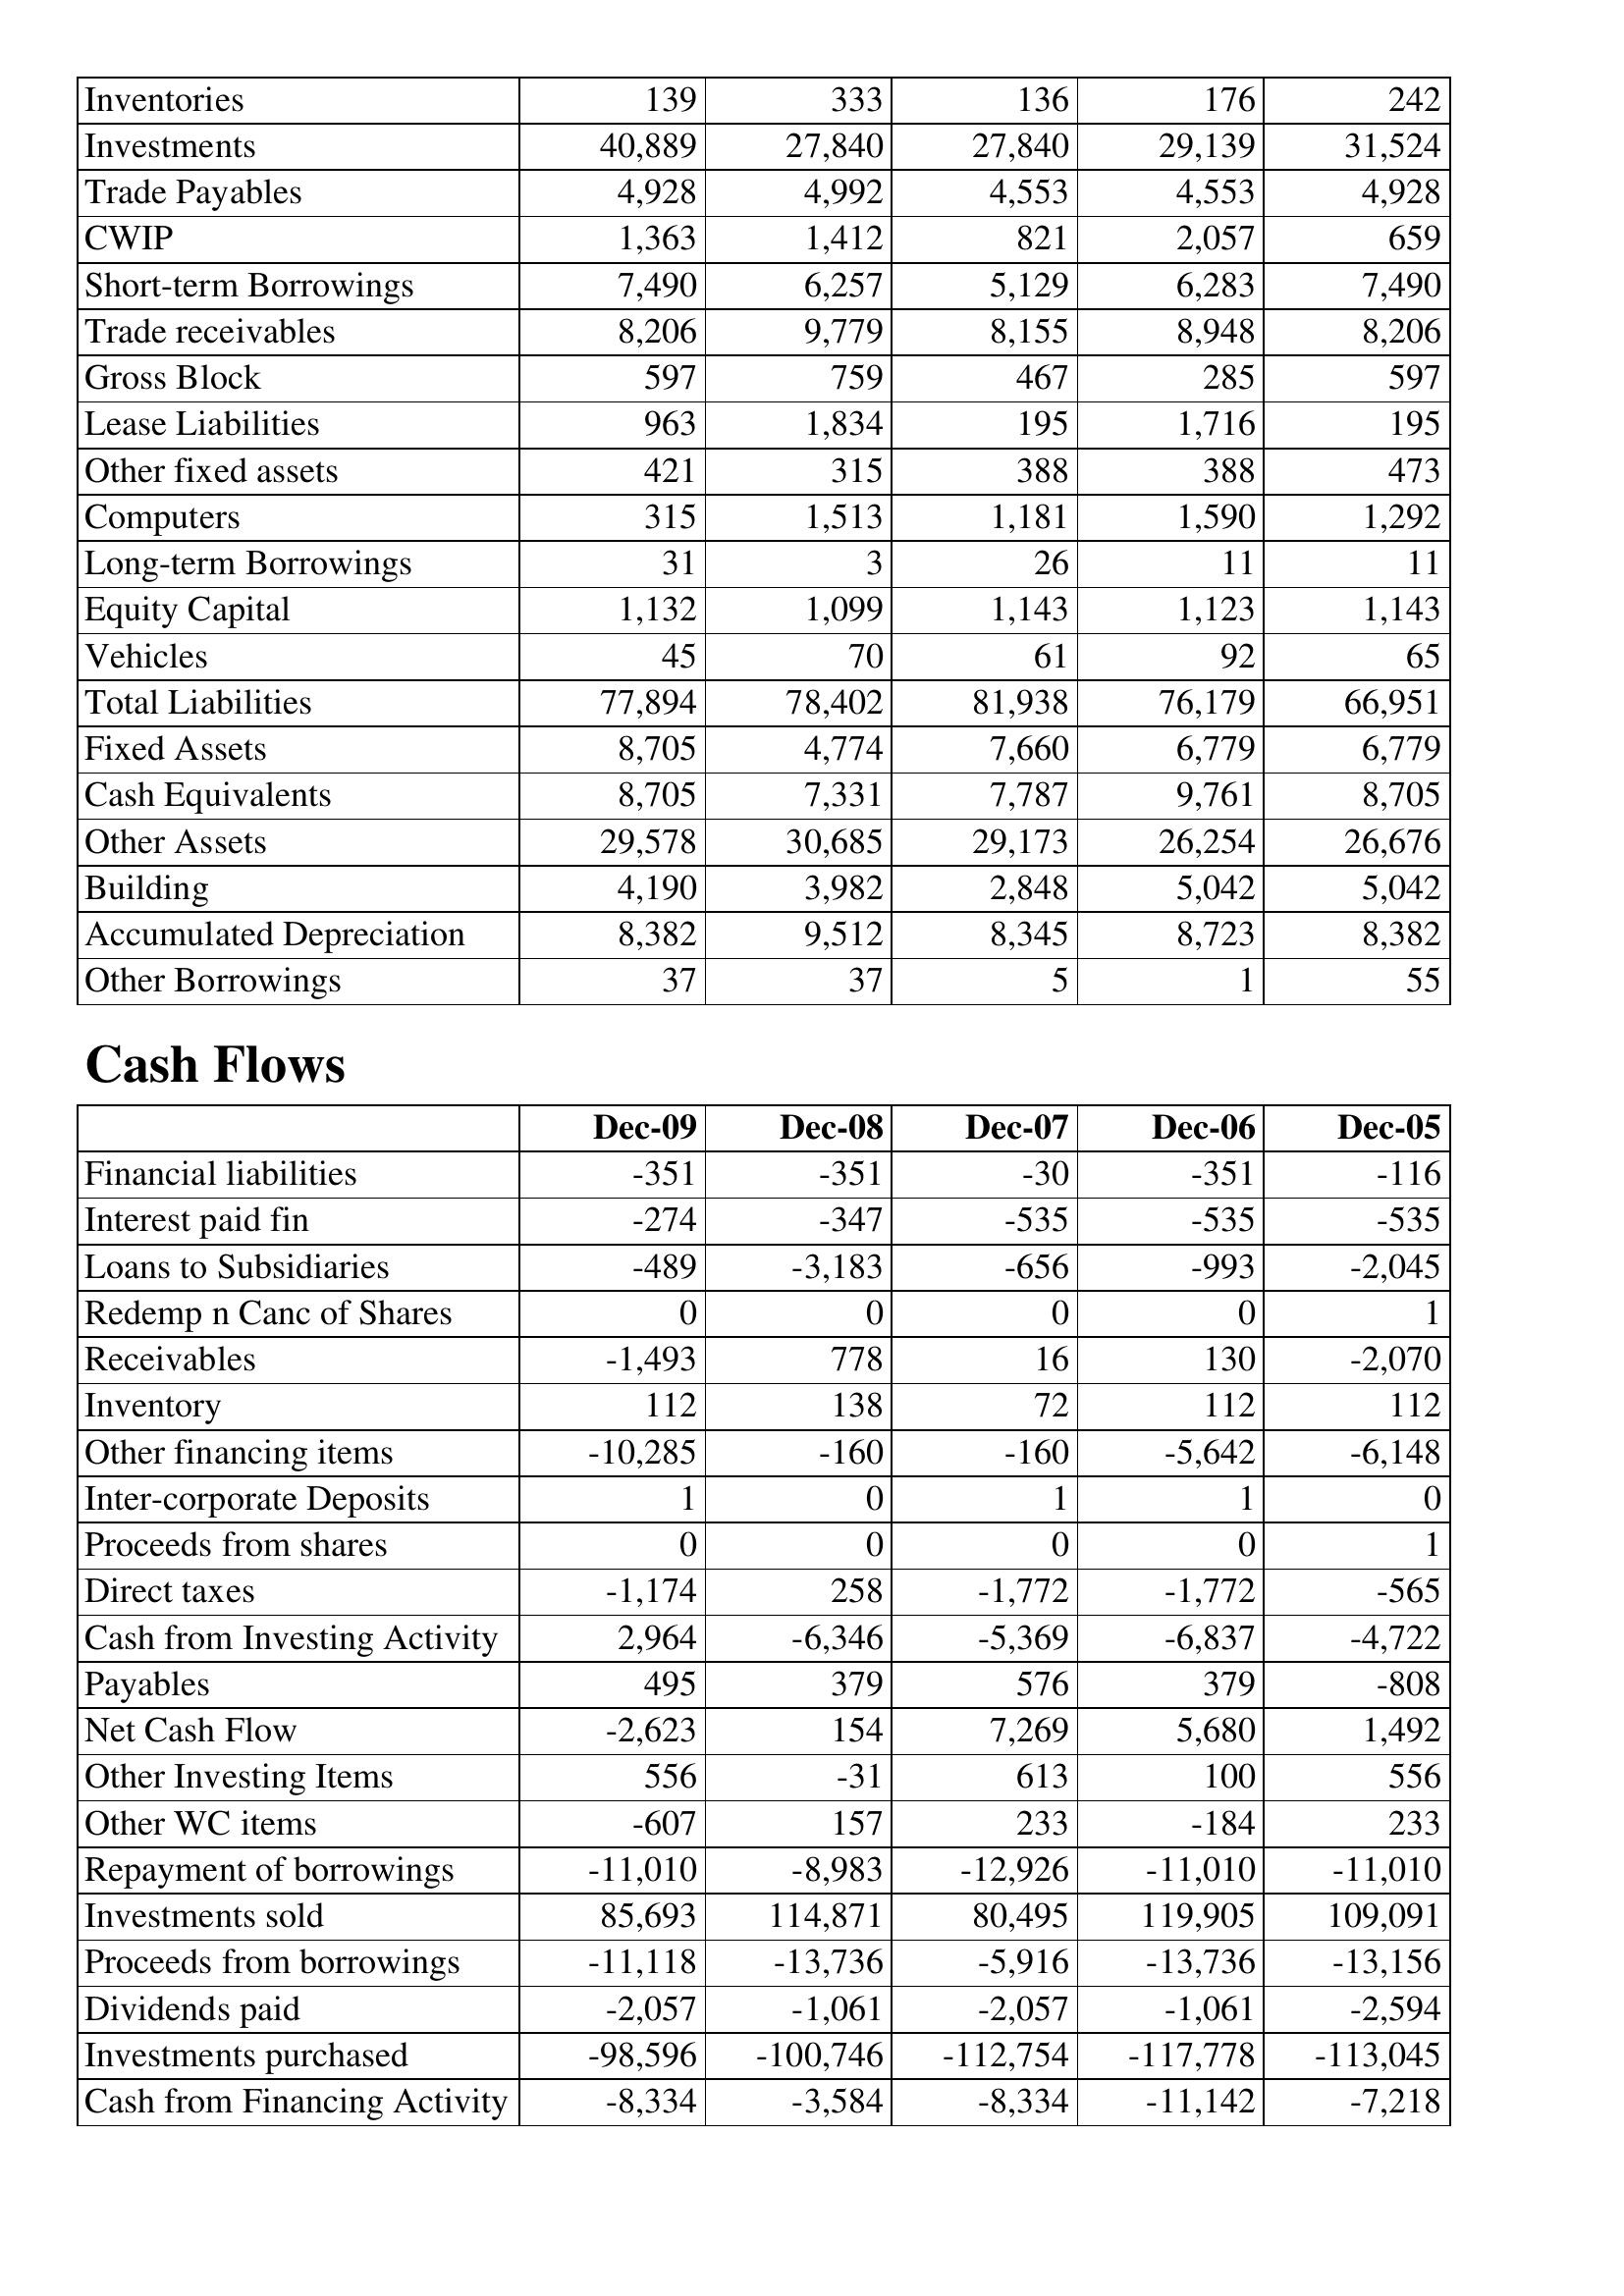
Dec-09: Balance Sheet: Inventories: 139
Investments: 40,889
Trade Payables: 4,928
CWIP: 1,363
Short-term Borrowings: 7,490
Trade receivables: 8,206
Gross Block: 597
Lease Liabilities: 963
Other fixed assets: 421
Computers: 315
Long-term Borrowings: 31
Equity Capital: 1,132
Vehicles: 45
Total Liabilities: 77,894
Fixed Assets: 8,705
Cash Equivalents: 8,705
Other Assets: 29,578
Building: 4,190
Accumulated Depreciation: 8,382
Other Borrowings: 37
Cash Flows: Financial liabilities: -351
Interest paid fin: -274
Loans to Subsidiaries: -489
Redemp n Canc of Shares: 0
Receivables: -1,493
Inventory: 112
Other financing items: -10,285
Inter-corporate Deposits: 1
Proceeds from shares: 0
Direct taxes: -1,174
Cash from Investing Activity: 2,964
Payables: 495
Net Cash Flow: -2,623
Other Investing Items: 556
Other WC items: -607
Repayment of borrowings: -11,010
Investments sold: 85,693
Proceeds from borrowings: -11,118
Dividends paid: -2,057
Investments purchased: -98,596
Cash from Financing Activity: -8,334
Dec-08: Balance Sheet: Inventories: 333
Investments: 27,840
Trade Payables: 4,992
CWIP: 1,412
Short-term Borrowings: 6,257
Trade receivables: 9,779
Gross Block: 759
Lease Liabilities: 1,834
Other fixed assets: 315
Computers: 1,513
Long-term Borrowings: 3
Equity Capital: 1,099
Vehicles: 70
Total Liabilities: 78,402
Fixed Assets: 4,774
Cash Equivalents: 7,331
Other Assets: 30,685
Building: 3,982
Accumulated Depreciation: 9,512
Other Borrowings: 37
Cash Flows: Financial liabilities: -351
Interest paid fin: -347
Loans to Subsidiaries: -3,183
Redemp n Canc of Shares: 0
Receivables: 778
Inventory: 138
Other financing items: -160
Inter-corporate Deposits: 0
Proceeds from shares: 0
Direct taxes: 258
Cash from Investing Activity: -6,346
Payables: 379
Net Cash Flow: 154
Other Investing Items: -31
Other WC items: 157
Repayment of borrowings: -8,983
Investments sold: 114,871
Proceeds from borrowings: -13,736
Dividends paid: -1,061
Investments purchased: -100,746
Cash from Financing Activity: -3,584
Dec-07: Balance Sheet: Inventories: 136
Investments: 27,840
Trade Payables: 4,553
CWIP: 821
Short-term Borrowings: 5,129
Trade receivables: 8,155
Gross Block: 467
Lease Liabilities: 195
Other fixed assets: 388
Computers: 1,181
Long-term Borrowings: 26
Equity Capital: 1,143
Vehicles: 61
Total Liabilities: 81,938
Fixed Assets: 7,660
Cash Equivalents: 7,787
Other Assets: 29,173
Building: 2,848
Accumulated Depreciation: 8,345
Other Borrowings: 5
Cash Flows: Financial liabilities: -30
Interest paid fin: -535
Loans to Subsidiaries: -656
Redemp n Canc of Shares: 0
Receivables: 16
Inventory: 72
Other financing items: -160
Inter-corporate Deposits: 1
Proceeds from shares: 0
Direct taxes: -1,772
Cash from Investing Activity: -5,369
Payables: 576
Net Cash Flow: 7,269
Other Investing Items: 613
Other WC items: 233
Repayment of borrowings: -12,926
Investments sold: 80,495
Proceeds from borrowings: -5,916
Dividends paid: -2,057
Investments purchased: -112,754
Cash from Financing Activity: -8,334
Dec-06: Balance Sheet: Inventories: 176
Investments: 29,139
Trade Payables: 4,553
CWIP: 2,057
Short-term Borrowings: 6,283
Trade receivables: 8,948
Gross Block: 285
Lease Liabilities: 1,716
Other fixed assets: 388
Computers: 1,590
Long-term Borrowings: 11
Equity Capital: 1,123
Vehicles: 92
Total Liabilities: 76,179
Fixed Assets: 6,779
Cash Equivalents: 9,761
Other Assets: 26,254
Building: 5,042
Accumulated Depreciation: 8,723
Other Borrowings: 1
Cash Flows: Financial liabilities: -351
Interest paid fin: -535
Loans to Subsidiaries: -993
Redemp n Canc of Shares: 0
Receivables: 130
Inventory: 112
Other financing items: -5,642
Inter-corporate Deposits: 1
Proceeds from shares: 0
Direct taxes: -1,772
Cash from Investing Activity: -6,837
Payables: 379
Net Cash Flow: 5,680
Other Investing Items: 100
Other WC items: -184
Repayment of borrowings: -11,010
Investments sold: 119,905
Proceeds from borrowings: -13,736
Dividends paid: -1,061
Investments purchased: -117,778
Cash from Financing Activity: -11,142
Dec-05: Balance Sheet: Inventories: 242
Investments: 31,524
Trade Payables: 4,928
CWIP: 659
Short-term Borrowings: 7,490
Trade receivables: 8,206
Gross Block: 597
Lease Liabilities: 195
Other fixed assets: 473
Computers: 1,292
Long-term Borrowings: 11
Equity Capital: 1,143
Vehicles: 65
Total Liabilities: 66,951
Fixed Assets: 6,779
Cash Equivalents: 8,705
Other Assets: 26,676
Building: 5,042
Accumulated Depreciation: 8,382
Other Borrowings: 55
Cash Flows: Financial liabilities: -116
Interest paid fin: -535
Loans to Subsidiaries: -2,045
Redemp n Canc of Shares: 1
Receivables: -2,070
Inventory: 112
Other financing items: -6,148
Inter-corporate Deposits: 0
Proceeds from shares: 1
Direct taxes: -565
Cash from Investing Activity: -4,722
Payables: -808
Net Cash Flow: 1,492
Other Investing Items: 556
Other WC items: 233
Repayment of borrowings: -11,010
Investments sold: 109,091
Proceeds from borrowings: -13,156
Dividends paid: -2,594
Investments purchased: -113,045
Cash from Financing Activity: -7,218